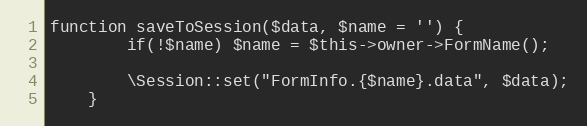
Language: PHP
function saveToSession($data, $name = '') {
		if(!$name) $name = $this->owner->FormName();

		\Session::set("FormInfo.{$name}.data", $data);
	}